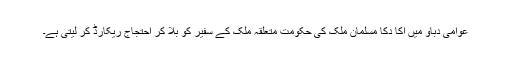
عوامی دباؤ میں اکا دکا مسلمان ملک کی حکومت متعلقہ ملک کے سفیر کو بلا کر احتجاج ریکارڈ کر لیتی ہے۔